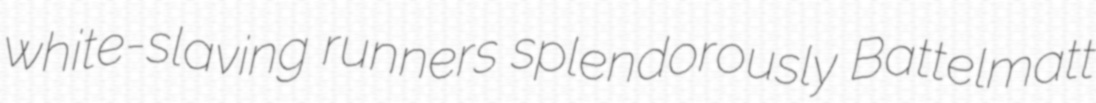
white-slaving runners splendorously Battelmatt